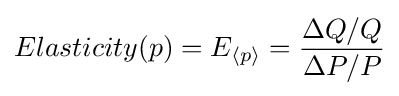
Elasticity(p)=E_{\langle p\rangle }={\frac {\Delta Q/Q}{\Delta P/P}}